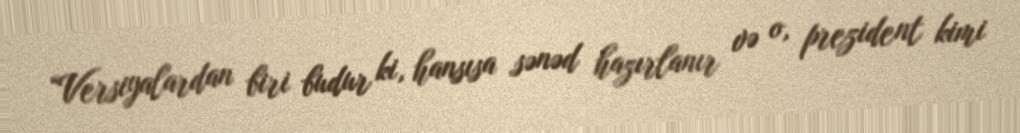
“Versiyalardan biri budur ki, hansısa sənəd hazırlanır və o, prezident kimi